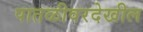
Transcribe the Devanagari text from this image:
पातळीवरदेखील